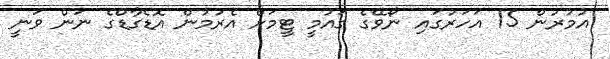
އުމުރުން 15 އަހަރުގައި ނޯވޭގެ ގައުމީ ޓީމަށް އެރުމުން އޮޑެގާޑްގެ ނަން ވަނީ